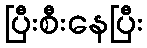
ပြီးစီးနေပြီး